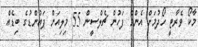
މާކޯ ވެރާޓީ ހޯދުމަށް އެންމެ ފަހުން ޗެލްސީން 55 މިލިއަން ޕައުންޑުގެ ބިޑެއް